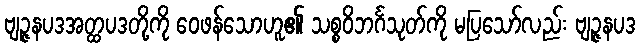
ဗျဉ္ဇနပဒအတ္ထပဒတို့ကို ဝေဖန်သောဟူ၏ သစ္စဝိဘင်္ဂသုတ်ကို မပြသော်လည်း ဗျဉ္ဇနပဒ